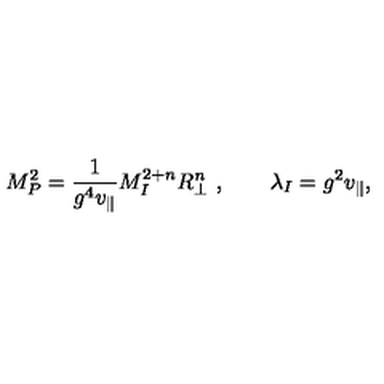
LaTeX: M _ { P } ^ { 2 } = \frac { 1 } { g ^ { 4 } v _ { \parallel } } M _ { I } ^ { 2 + n } R _ { \perp } ^ { n } \ , \qquad \lambda _ { I } = g ^ { 2 } v _ { \parallel } ,